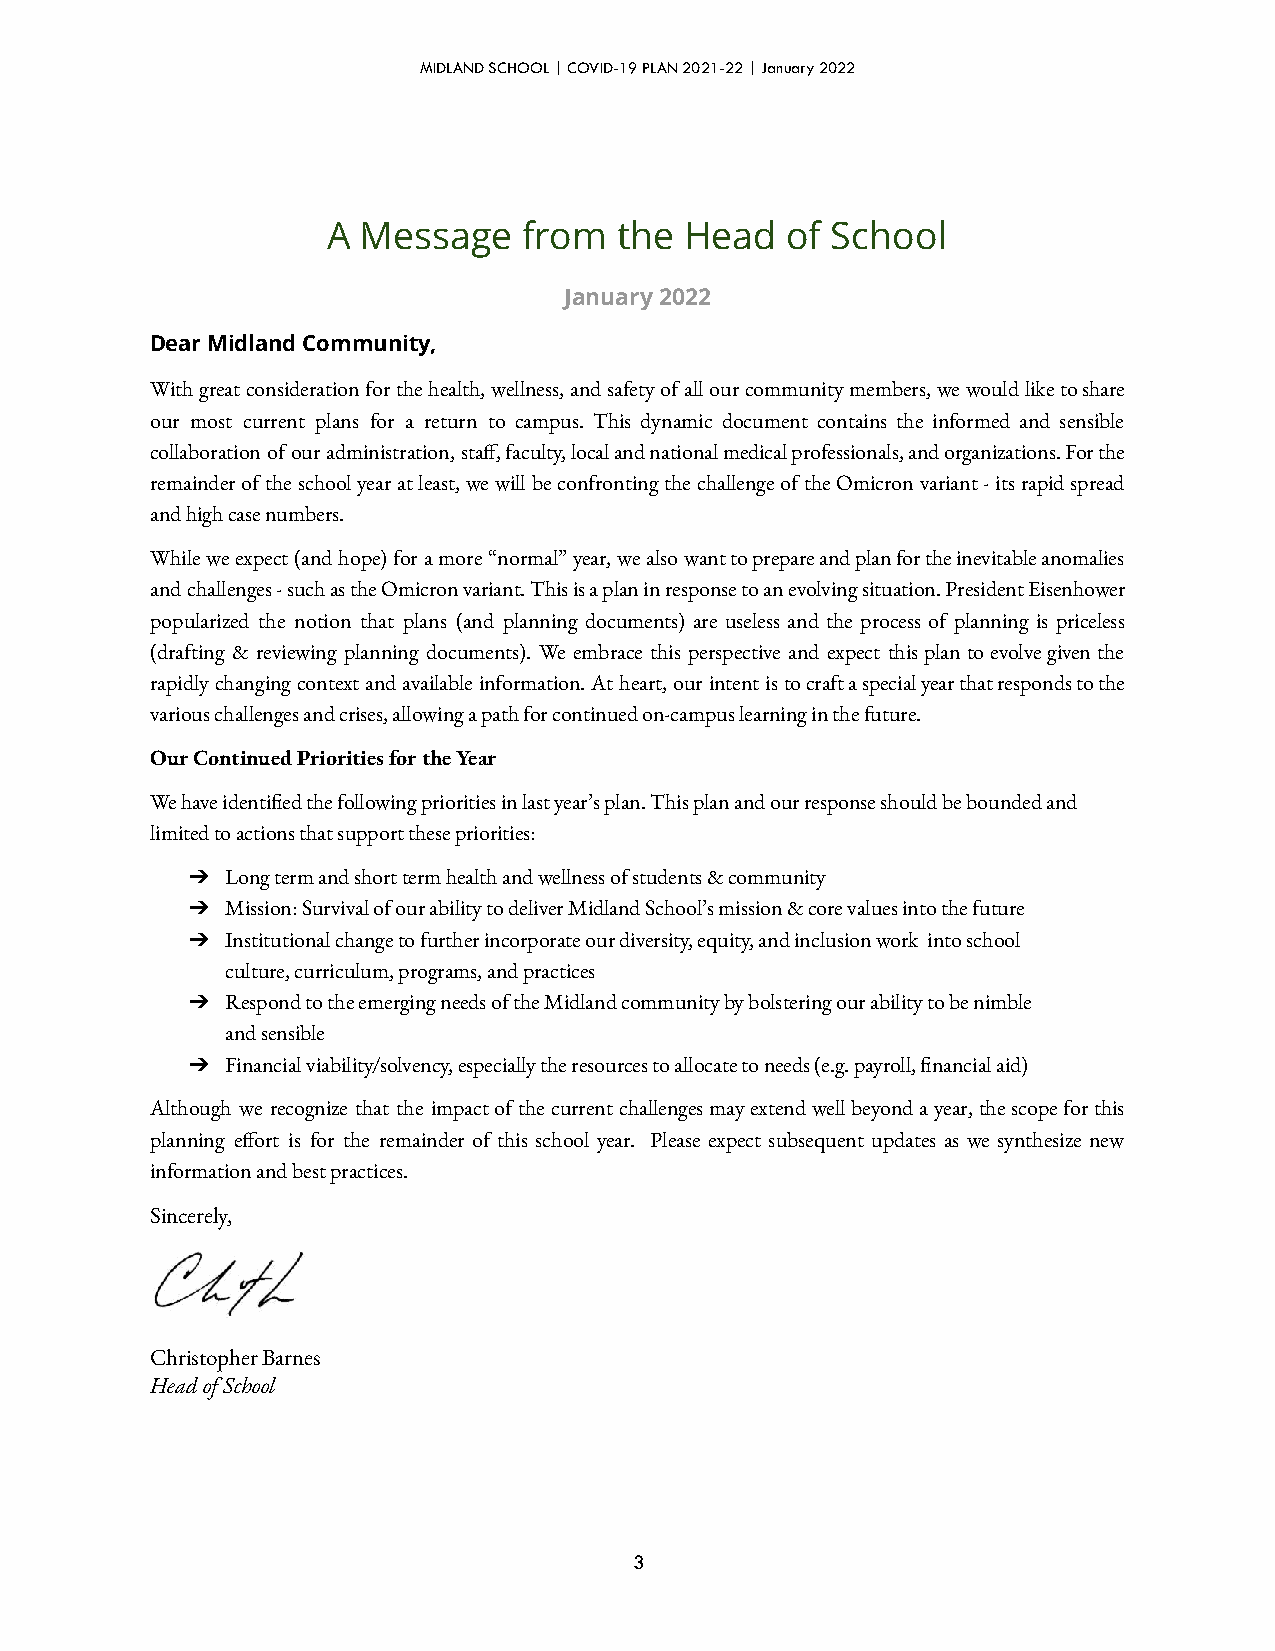
MIDLAND SCHOOL | COVID-19 PLAN 2021-22 | January 2022
 A Message    from  the Head   of School
 January 2022
 Dear Midland Community,
 Withgreatconsiderationforthehealth,wellness,andsafetyofallourcommunitymembers,wewouldliketoshare
 our most current plans for a return to campus. This dynamic document contains the informed and sensible
 collaborationofouradministration,sta,faculty,localandnationalmedicalprofessionals,andorganizations.Forthe
 remainderoftheschoolyearatleast,wewillbeconfrontingthechallengeoftheOmicronvariant-itsrapidspread
 and high case numbers.
 Whileweexpect(andhope)foramore“normal”year,wealsowanttoprepareandplanfortheinevitableanomalies
 andchallenges-suchastheOmicronvariant.Thisisaplaninresponsetoanevolvingsituation.PresidentEisenhower
 popularized the notion that plans (and planning documents) are useless and the process of planning is priceless
 (drafting & reviewing planning documents). We embrace this perspective and expect thisplantoevolvegiventhe
 rapidlychangingcontextandavailableinformation.Atheart,ourintentistocraftaspecialyearthatrespondstothe
 various challenges and crises, allowing a path for continued on-campus learning in the future.
 Our Continued Priorities for the Year
 We have identied the following priorities in last year’s plan. This plan and our response should be bounded and
 limited to actions that support these priorities:
 ➔  Long term and short term health and wellness of students & community
 ➔  Mission: Survival of our ability to deliver Midland School’s mission & core values into the future
 ➔  Institutional change to further incorporate our diversity, equity, and inclusion work into school
 culture, curriculum, programs, and practices
 ➔  Respond to the emerging needs of the Midland community by bolstering our ability to be nimble
 and sensible
 ➔  Financial viability/solvency, especially the resources to allocate to needs (e.g. payroll, nancial aid)
 Although we recognize that the impactofthecurrentchallengesmayextendwellbeyondayear,thescopeforthis
 planning eort is for the remainder of this school year. Please expect subsequent updates as we synthesize new
 information and best practices.
 Sincerely,
 Christopher Barnes
 Head of School
 3